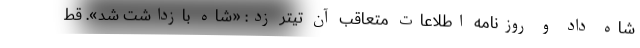
شاه داد و روزنامه اطلاعات متعاقب آن تیتر زد: «شاه بازداشت شد». قط